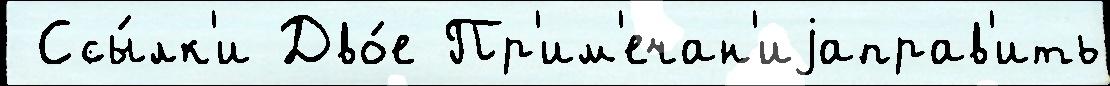
 Ссы́лк'и Дво́е Пр'им'ечан'иjаправ'ить